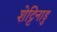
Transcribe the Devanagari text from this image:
शेट्टिनाडु